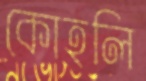
কোহলি